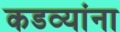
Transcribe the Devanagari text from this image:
कडव्यांना